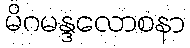
မိဂမန္ဒလောစနာ